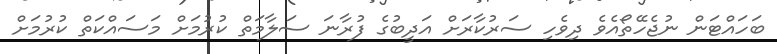
ބަހައްޓަން ނުޖެހޭތޯއެވެ ދިވެހި ސަރުކާރަށް އަދީބުގެ ފުރާނަ ސަލާމަތް ކުރުމަށް މަސައްކަތް ކުރުމަށް